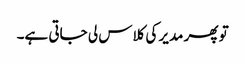
تو پھر مدیر کی کلاس لی جاتی ہے۔